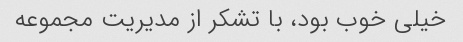
خیلی خوب بود، با تشکر از مدیریت مجموعه